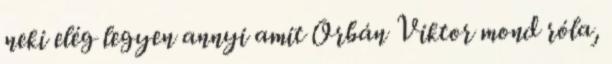
neki elég legyen annyi amit Orbán Viktor mond róla,